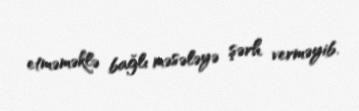
etməməklə bağlı məsələyə şərh verməyib.